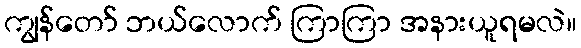
ကျွန်တော် ဘယ်လောက် ကြာကြာ အနားယူရမလဲ။